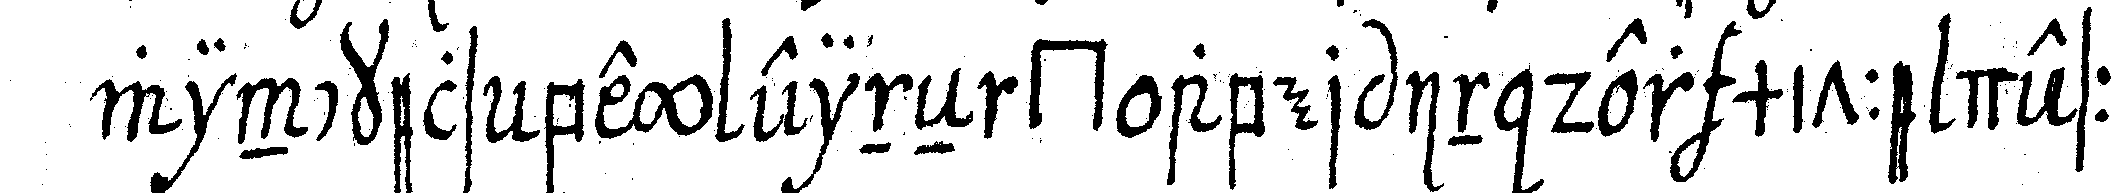
winckels bey eineN *gate* aber in der mitte dessel